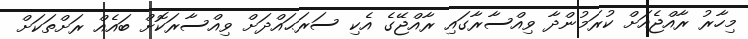
މިހާރު ރާއްޖެއަށް ކުރަމުންދާ ވިއްސާރާގައި ރާއްޖޭގެ އެކި ސަރަޙައްދަށް ވިއްސާރަކޮށް ބައެއް ރަށްތަކަށް